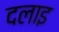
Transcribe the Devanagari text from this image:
दलाइ